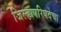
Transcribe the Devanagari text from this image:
जिल्हापरिषदेचा